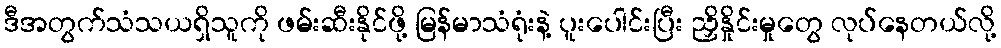
ဒီအတွက်သံသယရှိသူကို ဖမ်းဆီးနိုင်ဖို့ မြန်မာသံရုံးနဲ့ ပူးပေါင်းပြီး ညှိနှိုင်းမှုတွေ လုပ်နေတယ်လို့